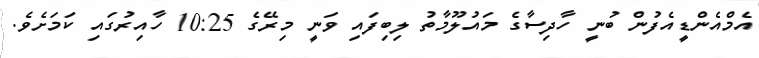
އެމްއެންޑީއެފުން ބުނީ ހާދިސާގެ މައުލޫމާތު ލިބިފައި ވަނީ މިރޭގެ 10:25 ހާއިރުގައި ކަމަށެވެ.